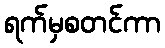
ရက်မှစတင်ကာ